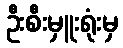
ဦးစီးမှူးရုံးမှ